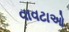
વાવટાઓ